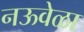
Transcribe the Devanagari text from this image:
नऊवेळा